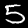
Digit: 5